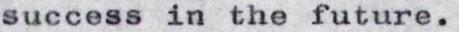
success in the future.